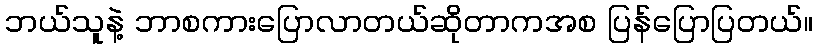
ဘယ်သူနဲ့ ဘာစကားပြောလာတယ်ဆိုတာကအစ ပြန်ပြောပြတယ်။